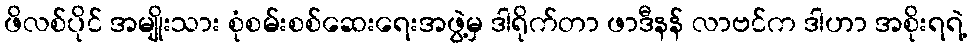
ဖိလစ်ပိုင် အမျိုးသား စုံစမ်းစစ်ဆေးရေးအဖွဲ့မှ ဒါရိုက်တာ ဖာဒီနန် လာဗင်က ဒါဟာ အစိုးရရဲ့